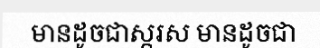
មានដូចជាស្ករស មានដូចជា